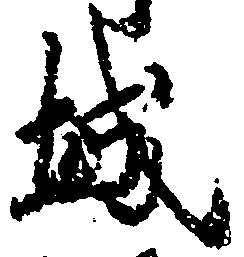
城